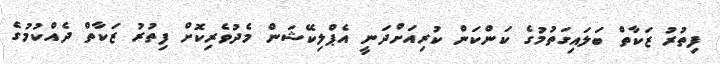
ފިތުުރު ޒަކާތް ބަލައިގަތުމުގެ ކަންކަން ކުރިއަށްދަނީ އެޕްލިކޭޝަން މެދުވެރިކޮށް ފިތުރު ޒަކާތް ދެއްކުމުގެ